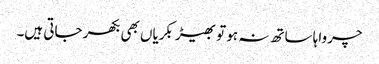
چرواہا ساتھ نہ ہو تو بھیڑ بکریاں بھی بکھر جاتی ہیں۔